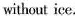
without ice.